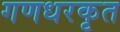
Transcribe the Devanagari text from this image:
गणधरकृत